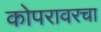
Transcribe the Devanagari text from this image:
कोपरावरचा